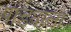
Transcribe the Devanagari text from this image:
पांड्याला